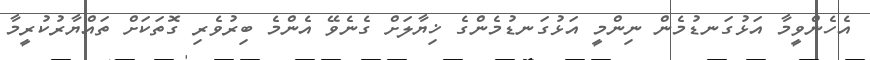
އެހެންވީމާ އަޅުގަނޑުމެން ނިންމީ އަޅުގަނޑުމެންގެ ޚިޔާލަށް ގެނެވޭ އެންމެ ބިރުވެރި ގޮތަކަށް ތައްޔާރުކުރީމާ